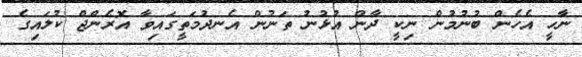
ނާހީ އެހެން ބުނުމުން ނިކީ ދާން އުޅުނު ތަނުން އެނދުމަތީގައިވާ އޮރެންޖް ކުލައިގެ